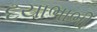
દયાભાભી